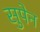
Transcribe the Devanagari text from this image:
सुपेन